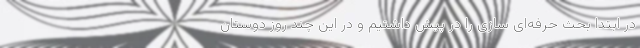
در ابتدا بحث حرفه‌ای سازی را در پیش داشتیم و در این چند روز دوستان